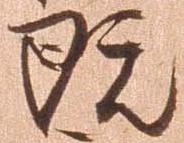
既